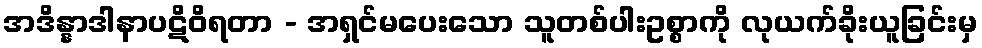
အဒိန္နာဒါနာပဋိဝိရတာ - အရှင်မပေးသော သူတစ်ပါးဥစ္စာကို လုယက်ခိုးယူခြင်းမှ